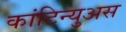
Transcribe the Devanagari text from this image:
कांटिन्युअस